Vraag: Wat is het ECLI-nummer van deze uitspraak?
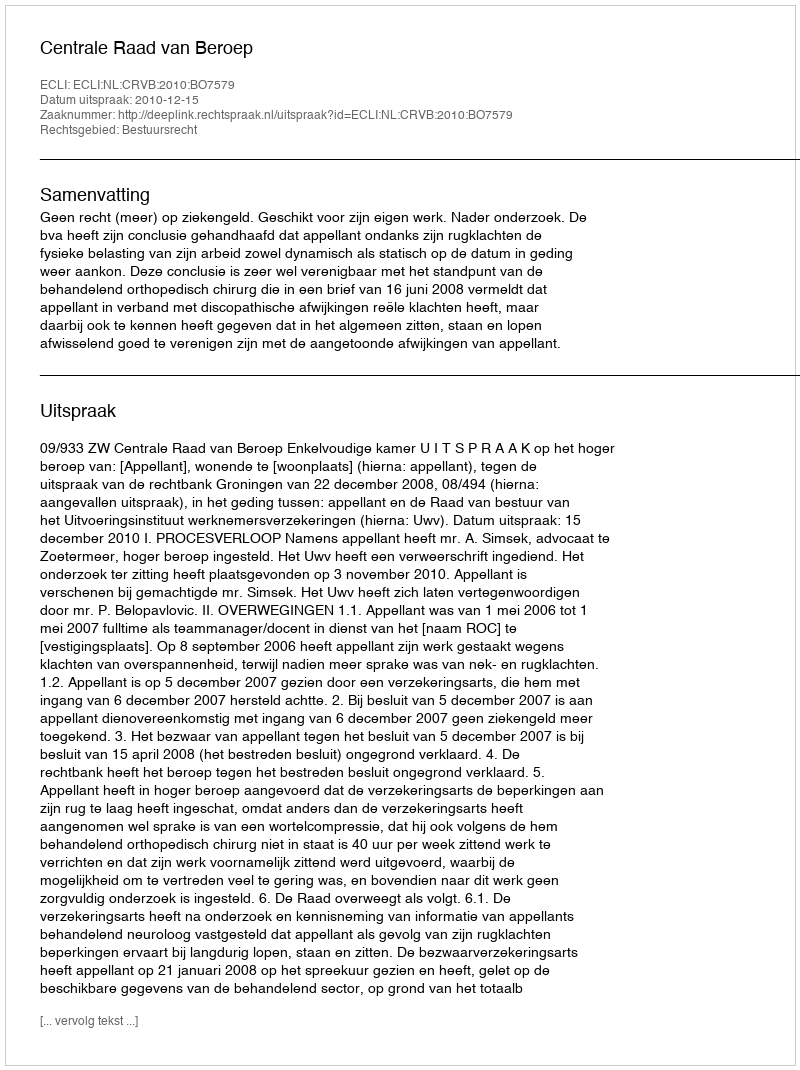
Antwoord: ECLI:NL:CRVB:2010:BO7579